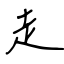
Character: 走